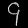
Digit: ၄